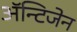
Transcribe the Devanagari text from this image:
ॲन्टिजेन